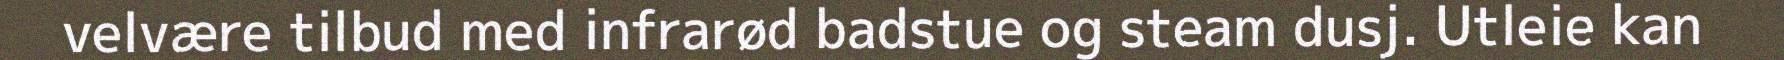
velvære tilbud med infrarød badstue og steam dusj. Utleie kan